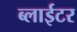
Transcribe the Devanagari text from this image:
ब्लाईटर